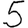
Digit: 5